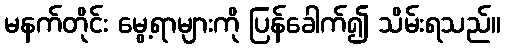
မနက်တိုင်း မွေ့ရာများကို ပြန်ခေါက်၍ သိမ်းရသည်။